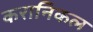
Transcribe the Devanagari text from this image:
करानिकल